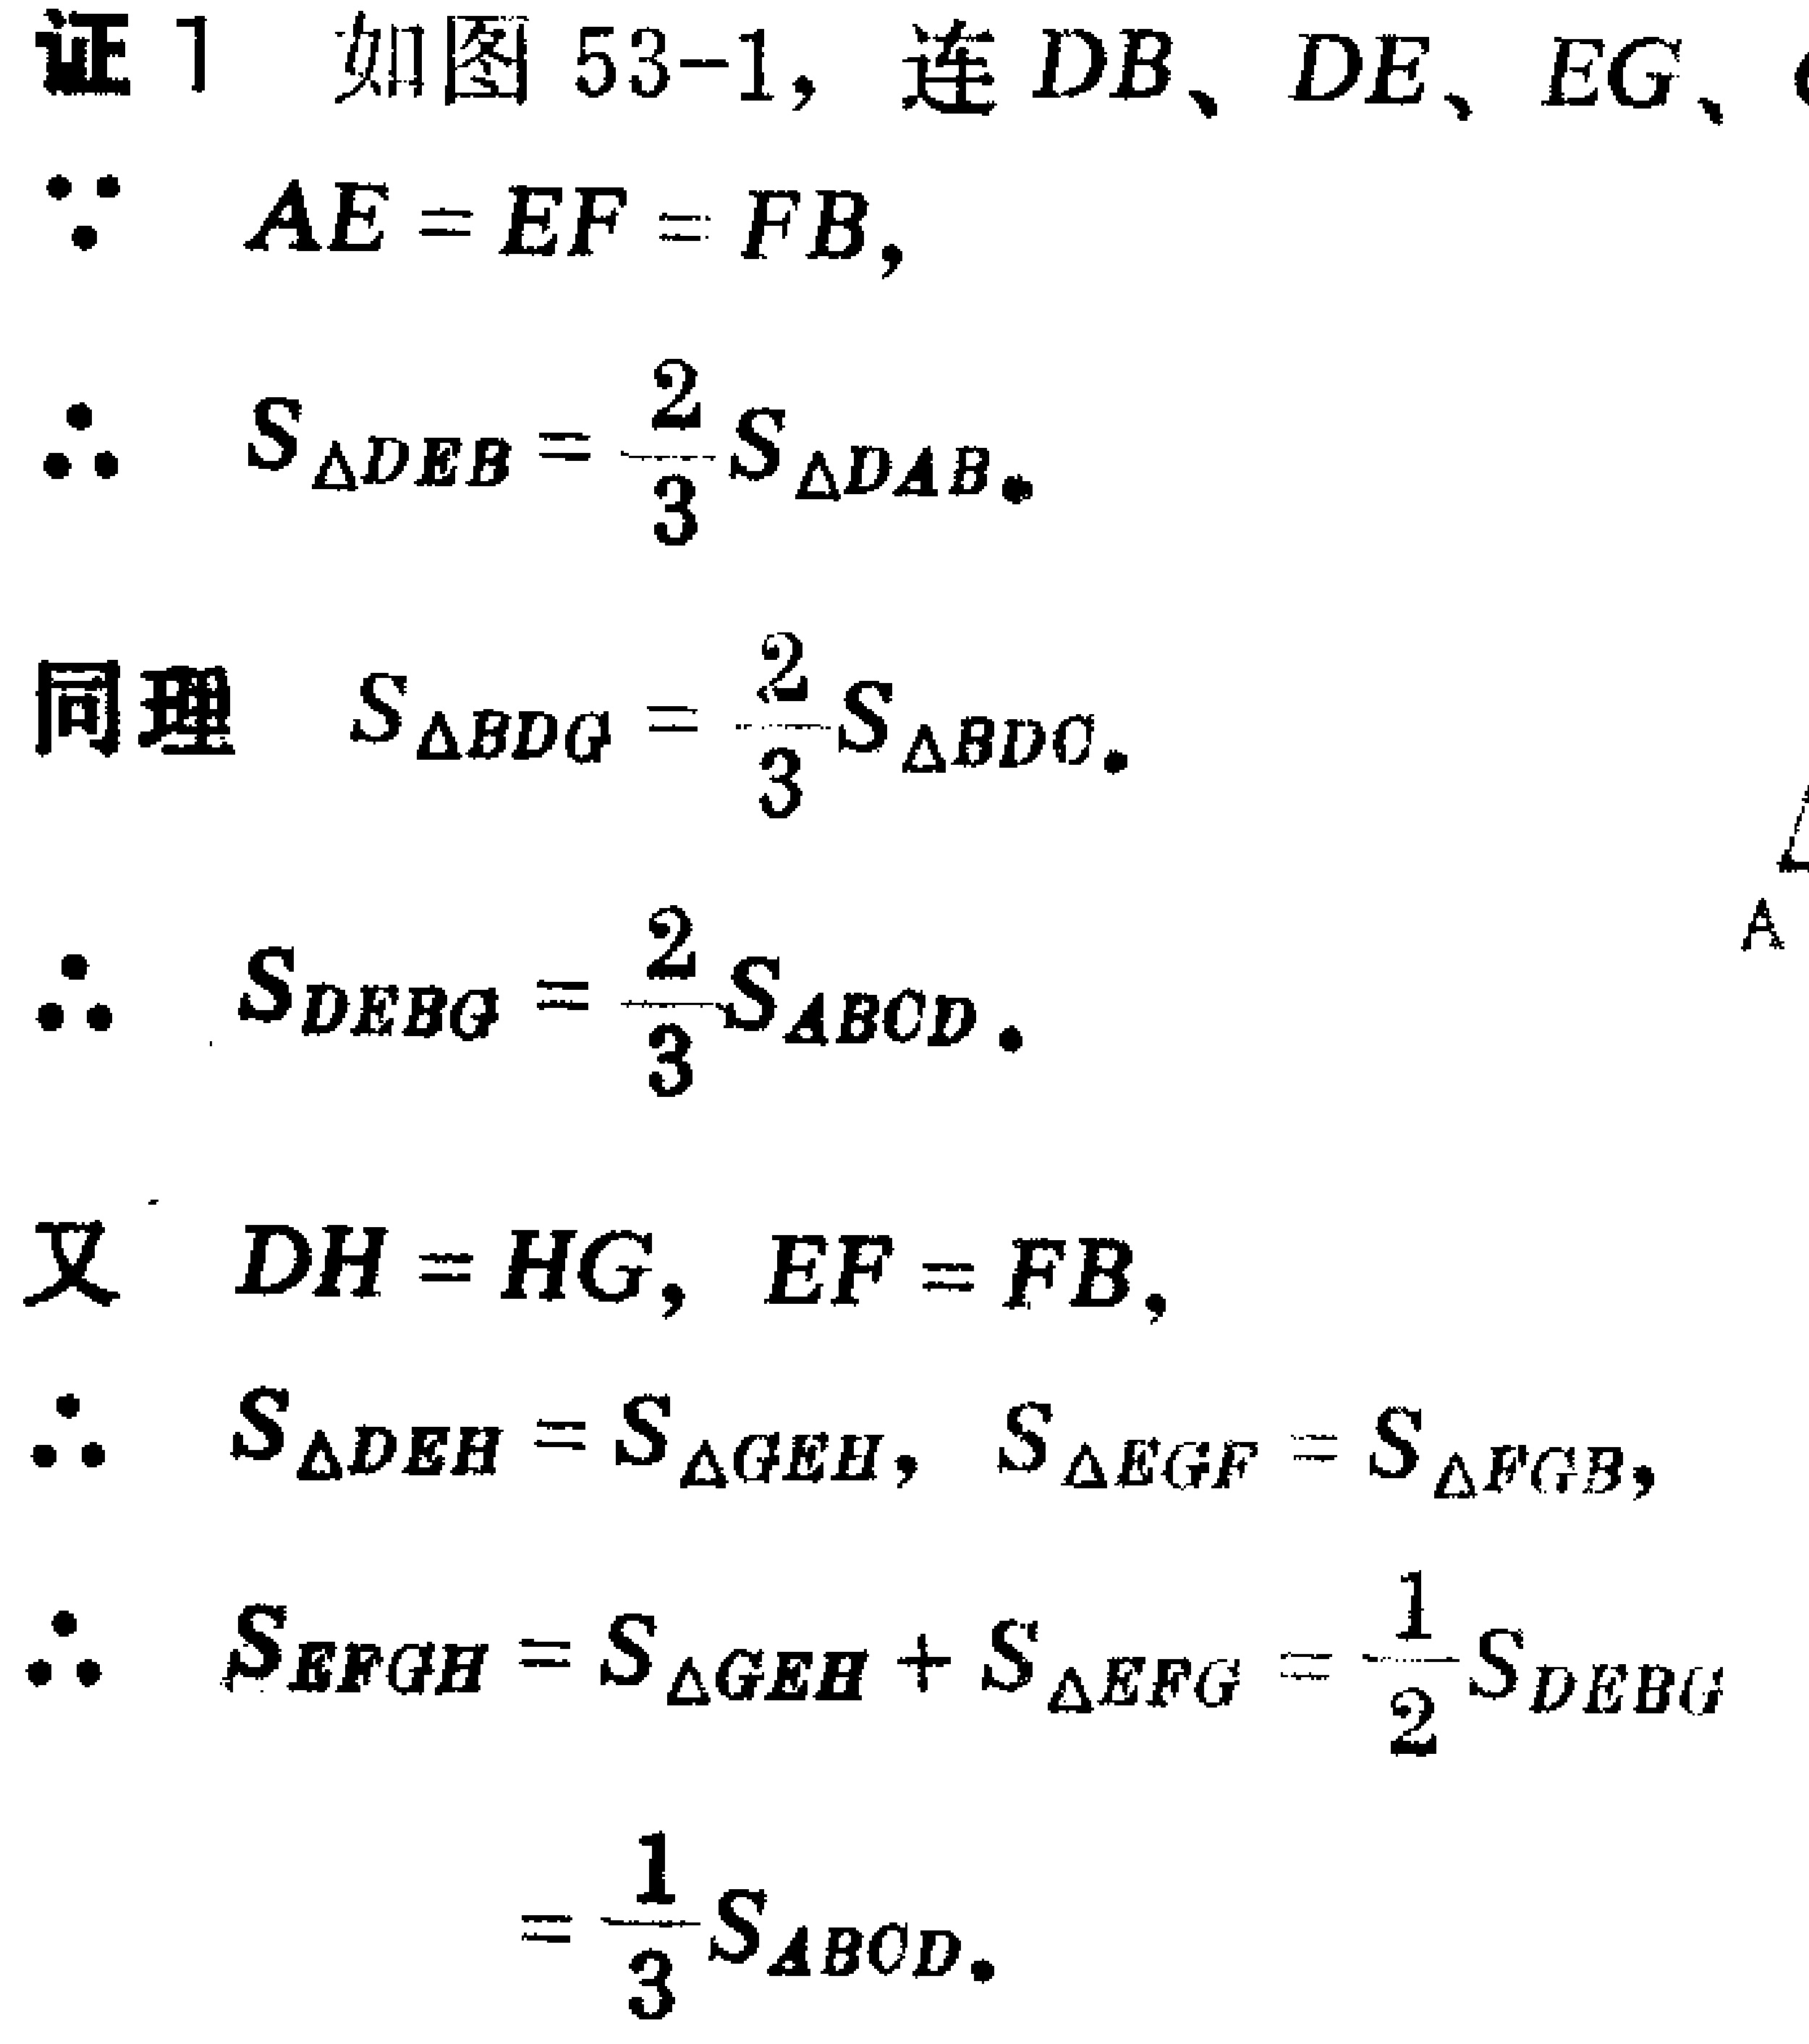
证 1 如图 53-1, 连 \(DB\)、\(DE\)、\(EG\)、
\(\because AE = EF = FB\),
\(\therefore S_{\triangle DEB}=\frac{2}{3}S_{\triangle DAB}\).
同理 \(S_{\triangle BDG}=\frac{2}{3}S_{\triangle BDC}\).
\(\therefore S_{DEBG}=\frac{2}{3}S_{ABCD}\).
又 \(DH = HG\), \(EF = FB\),
\(\therefore S_{\triangle DEH}=S_{\triangle GEH}\), \(S_{\triangle EGF}=S_{\triangle FGB}\),
\(\therefore S_{EFGH}=S_{\triangle GEH}+S_{\triangle EFG}=\frac{1}{2}S_{DEBG}\)
\(=\frac{1}{3}S_{ABCD}\).